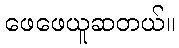
ဖေဖေယူဆတယ်။